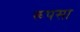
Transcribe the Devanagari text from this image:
रूपसा